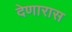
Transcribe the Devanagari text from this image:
देणारास